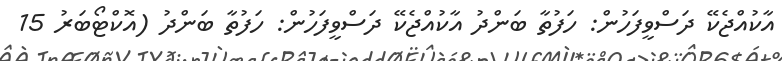
އާކުއްޖެކޭ ދަސްވީފަހުން: ހަފުތާ ބަންދު އާކުއްޖެކޭ ދަސްވީފަހުން: ހަފުތާ ބަންދު (އޮކްޓޯބަރު 15